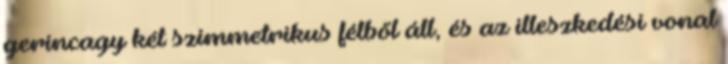
gerincagy két szimmetrikus félből áll, és az illeszkedési vonal